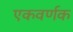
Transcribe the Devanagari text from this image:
एकवर्णक